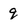
Character: 9